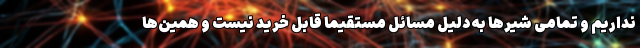
نداریم و تمامی شیرها به دلیل مسائل مستقیماً قابل خرید نیست و همین‌ها